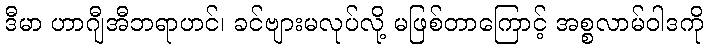
ဒီမာ ဟာဂျီအီဘရာဟင်၊ ခင်ဗျားမလုပ်လို့ မဖြစ်တာကြောင့် အစ္စလာမ်ဝါဒကို